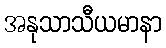
အနုသာသီယမာနာ